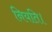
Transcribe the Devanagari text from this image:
नियति।